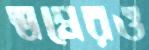
স্বপ্নেরও